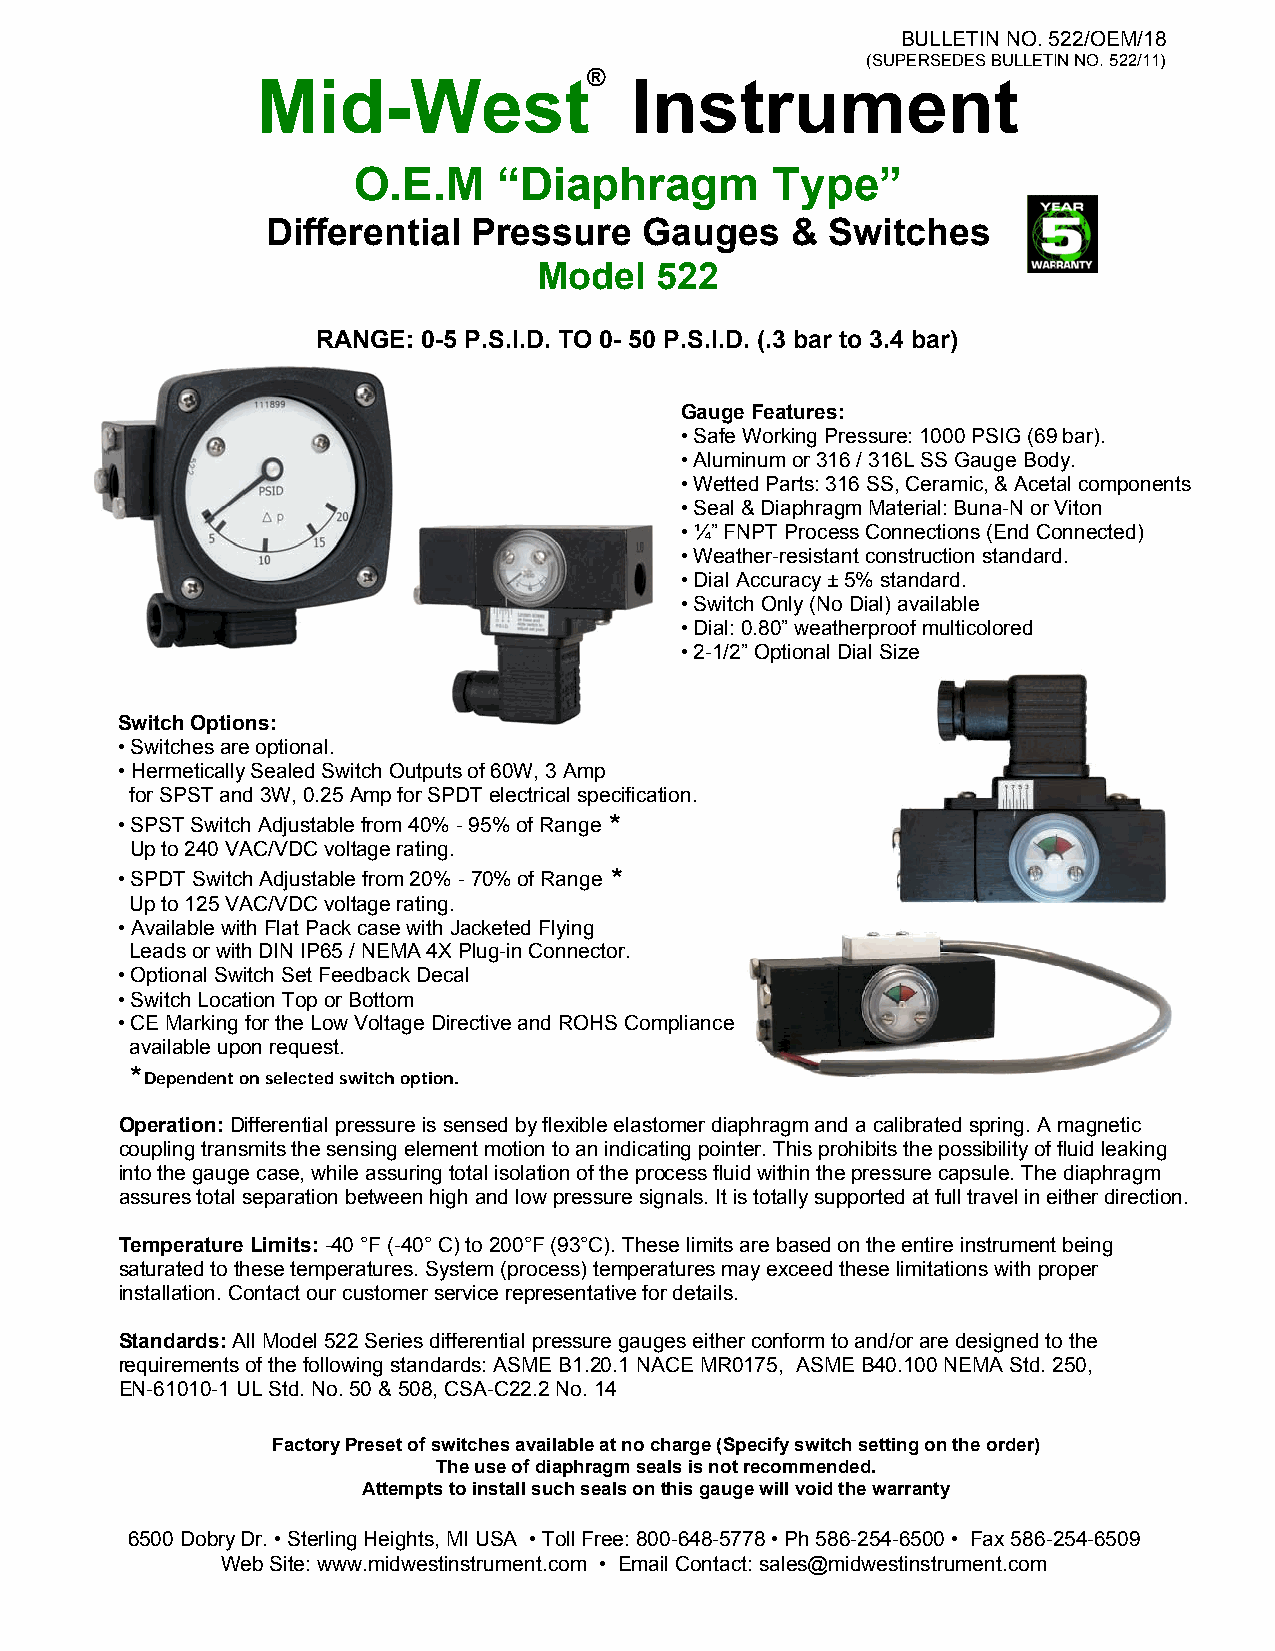
BULLETIN NO. 522/OEM/18
 (SUPERSEDES BULLETIN NO. 522/11)
 ®
 Mid-West                 Instrument
 O.E.M     “Diaphragm        Type”
 Differential Pressure    Gauges   &  Switches
 Model  522
 RANGE: 0-5 P.S.I.D. TO 0- 50 P.S.I.D. (.3 bar to 3.4 bar)
 Gauge Features:
 • Safe Working Pressure: 1000 PSIG (69 bar).
 • Aluminum or 316 / 316L SS Gauge Body.
 • Wetted Parts: 316 SS, Ceramic, & Acetal components
 • Seal & Diaphragm Material: Buna-N or Viton
 • ¼” FNPT Process Connections (End Connected)
 • Weather-resistant construction standard.
 • Dial Accuracy ± 5% standard.
 • Switch Only (No Dial) available
 • Dial: 0.80” weatherproof multicolored
 • 2-1/2” Optional Dial Size
 Switch Options:
 • Sw itches are optional.
 • Hermetically Sealed Switch Outputs of 60W, 3 Amp
 for SPST and 3W, 0.25 Amp for SPDT electrical specification.
 • SPST Switch Adjustable from 40% - 95% of Range *
 Up to 240 VAC/VDC voltage rating.
 • SPDT Switch Adjustable from 20% - 70% of Range *
 Up to 125 VAC/VDC voltage rating.
 • Available with Flat Pack case with Jacketed Flying
 Leads or with DIN IP65 / NEMA 4X Plug-in Connector.
 • Optional Switch Set Feedback Decal
 • Switch Location Top or Bottom
 • CE Marking for the Low Voltage Directive and ROHS Compliance
 available upon request.
 *
 Dependent on selected switch option.
 Operation: Differential pressure is sensed by flexible elastomer diaphragm and a calibrated spring. A magnetic
 coupling transmits the sensing element motion to an indicating pointer. This prohibits the possibility of fluid leaking
 into the gauge case, while assuring total isolation of the process fluid within the pressure capsule. The diaphragm
 assures total separation between high and low pressure signals. It is totally supported at full travel in either direction.
 Temperature Limits: -40 °F (-40° C) to 200°F (93°C). These limits are based on the entire instrument being
 saturated to these temperatures. System (process) temperatures may exceed these limitations with proper
 installation. Contact our customer service representative for details.
 Standards: All Model 522 Series differential pressure gauges either conform to and/or are designed to the
 requirements of the following standards: ASME B1.20.1 NACE MR0175, ASME B40.100 NEMA Std. 250,
 EN-61010-1 UL Std. No. 50 & 508, CSA-C22.2 No. 14
 Factory Preset of switches available at no charge (Specify switch setting on the order)
 The use of diaphragm seals is not recommended.
 Attempts to install such seals on this gauge will void the warranty
 6500 Dobry Dr. • Sterling Heights, MI USA • Toll Free: 800-648-5778 • Ph 586-254-6500 • Fax 586-254-6509
 Web Site: www.midwestinstrument.com • Email Contact: sales@midwestinstrument.com